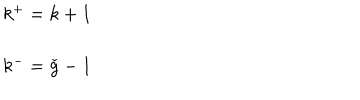
\begin{array} { l } { { k ^ { + } = k + 1 } } \\ { { \ } } \\ { { k ^ { - } = \check { g } - 1 } } \\ \end{array}